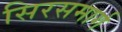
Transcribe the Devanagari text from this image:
सिरसमार्ग